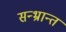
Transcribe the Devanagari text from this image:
सन्भ्रान्त